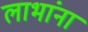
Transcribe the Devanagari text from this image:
लाभांना